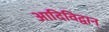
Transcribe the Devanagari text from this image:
आदिविद्वान्‌